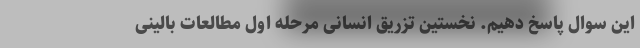
این سوال پاسخ دهیم. نخستین تزریق انسانی مرحله اول مطالعات بالینی